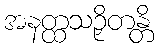
အနတ္ထသဉှိတန္တိ